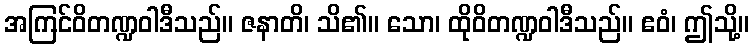
အကြင်ဝိတဏ္ဍဝါဒီသည်။ ဇနာတိ၊ သိ၏။ သော၊ ထိုဝိတဏ္ဍဝါဒီသည်။ ဧဝံ၊ ဤသို့။